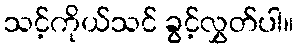
သင့်ကိုယ်သင် ခွင့်လွှတ်ပါ။